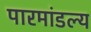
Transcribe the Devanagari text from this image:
पारमांडल्य